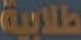
طلابية